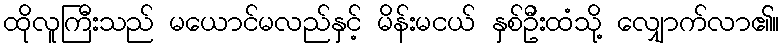
ထိုလူကြီးသည် မယောင်မလည်နှင့် မိန်းမငယ် နှစ်ဦးထံသို့ လျှောက်လာ၏။